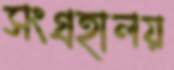
সংগ্রহালয়